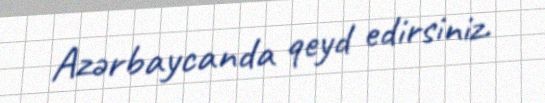
Azərbaycanda qeyd edirsiniz.